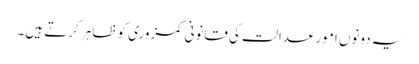
یہ دونوں امور عدالت کی قانونی کمزوری کو ظاہر کرتے ہیں۔